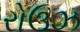
રોઉઝ